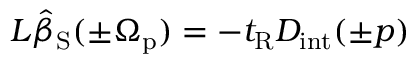
L \hat { \beta } _ { \mathrm { S } } ( \pm \Omega _ { \mathrm { p } } ) = - t _ { \mathrm { R } } D _ { \mathrm { i n t } } ( \pm p )